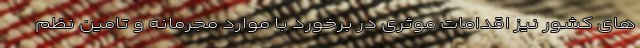
های کشور نیز اقدامات موثری در برخورد با موارد مجرمانه و تامین نظم